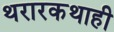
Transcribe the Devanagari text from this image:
थरारकथाही